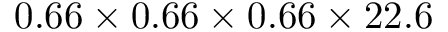
0 . 6 6 \times 0 . 6 6 \times 0 . 6 6 \times 2 2 . 6